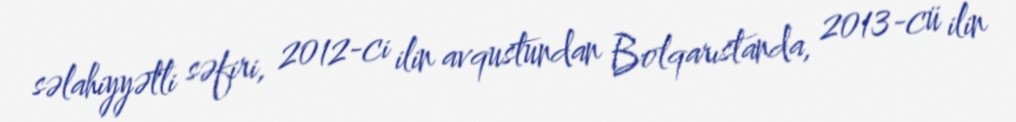
səlahiyyətli səfiri, 2012-ci ilin avqustundan Bolqarıstanda, 2013-cü ilin